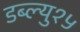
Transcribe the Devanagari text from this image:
डब्ल्यु१५